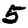
Digit: 5